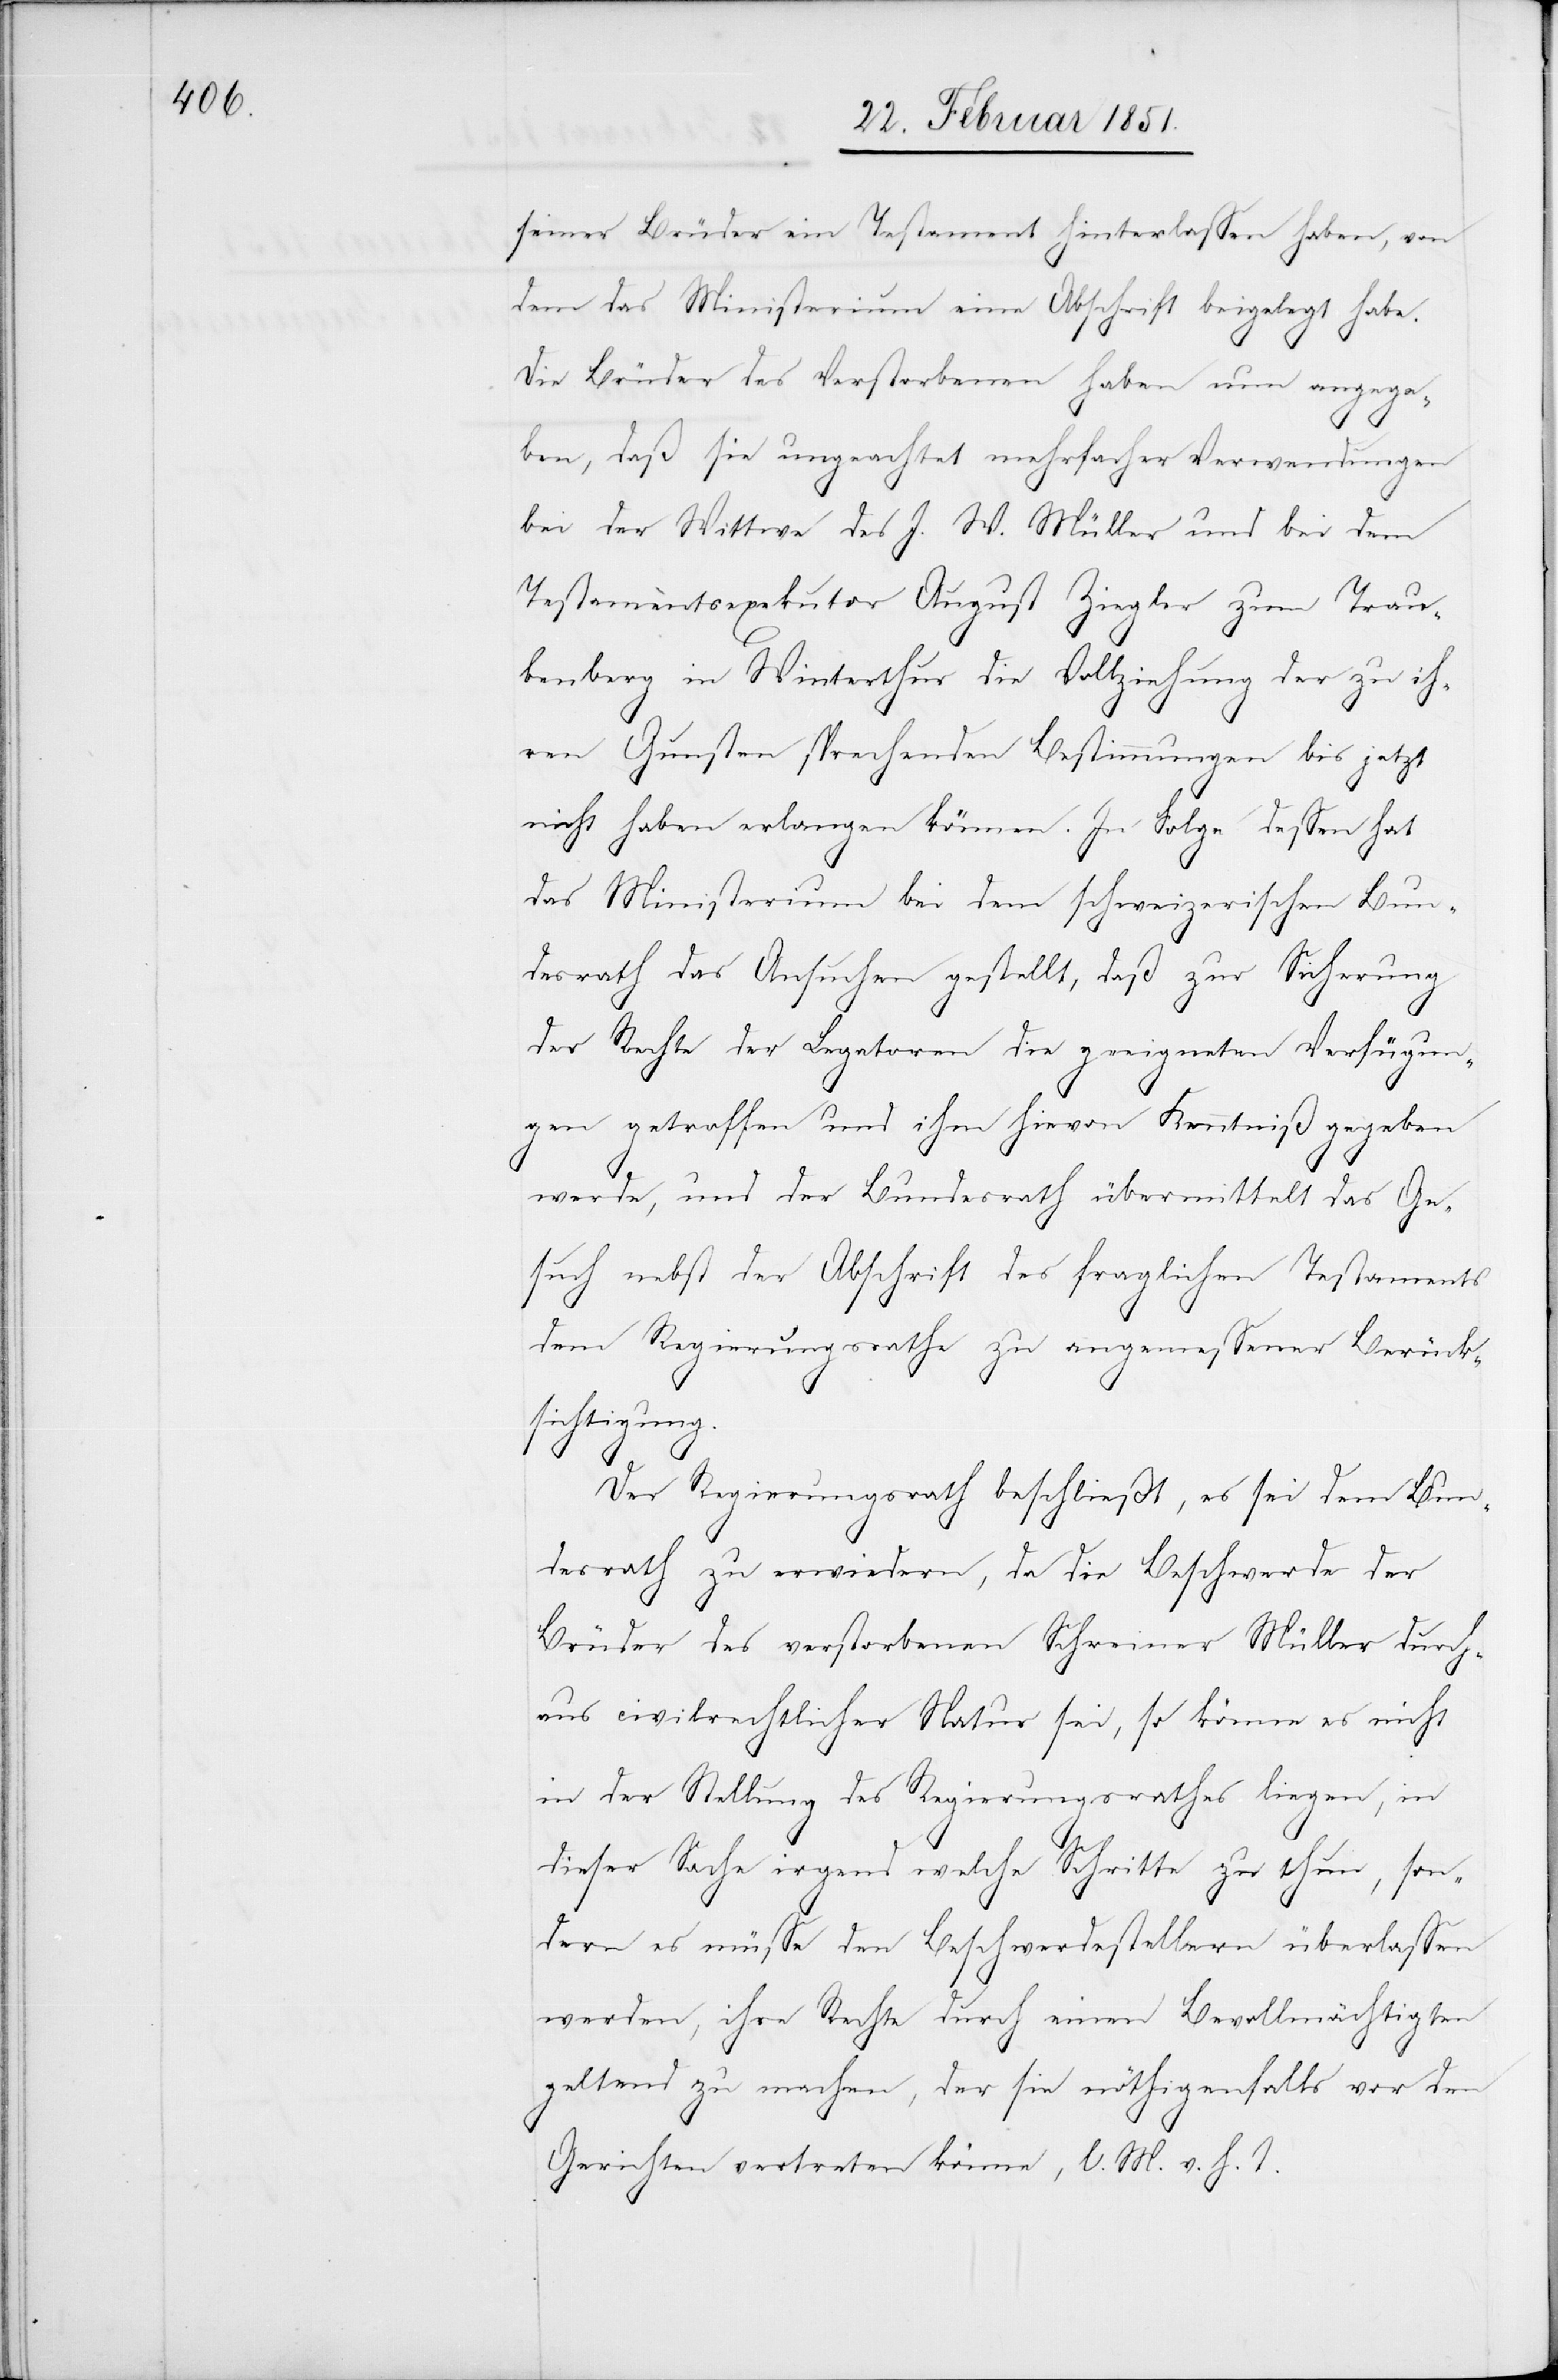
seiner Brüder ein Testament hinterlassen haben, von
dem das Ministerium eine Abschrift beigelegt habe.
Die Brüder des Verstorbenen haben nun angege¬
ben, daß sie ungeachtet mehrfacher Verwendungen
bei der Wittwe des J. W. Müller und bei dem
Testamentsexekutor August Ziegler zum Trau¬
benberg in Winterthur die Vollziehung der zu ih¬
ren Gunsten sprechenden Bestimmungen bis jetzt
nicht haben erlangen können. In Folge dessen hat
das Ministerium bei dem schweizerischen Bun¬
desrath das Ansuchen gestellt, daß zur Sicherung
der Rechte der Legatoren die geeigneten Verfügun¬
gen getroffen und ihm hievon Kenntniß gegeben
werde, und der Bundesrath übermittelt das Ge¬
such nebst der Abschrift des fraglichen Testaments
dem Regierungsrathe zu angemessener Berück¬
sichtigung.
Der Regierungsrath beschließt, es sei dem Bun¬
desrath zu erwiedern, da die Beschwerde der
Brüder des verstorbenen Schreiner Müller durch¬
aus civilrechtlicher Natur sei, so könne es nicht
in der Stellung des Regierungsrathes liegen, in
dieser Sache irgend welche Schritte zu thun, son¬
dern es müsse den Beschwerdestellern überlassen
werden, ihre Rechte durch einen Bevollmächtigten
geltend zu machen, der sie nöthigenfalls vor den
Gerichten vertreten könne, l. M. v. h. T.